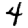
Digit: 4